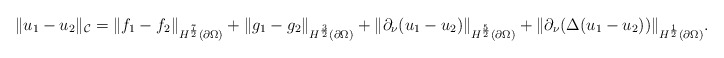
\begin{align*}\lVert u_{1}-u_{2}\rVert_{\mathcal{C}}=\lVert f_{1}-f_{2} \rVert_{H^{\frac{7}{2}}(\partial \Omega)}+\lVert g_{1}-g_{2} \rVert_{H^{\frac{3}{2}}(\partial \Omega)} +\lVert \partial_{\nu}(u_{1}-u_{2}) \rVert_{H^{\frac{5}{2}}(\partial \Omega)}+\lVert \partial_{\nu}(\Delta(u_{1}-u_{2})) \rVert_{H^{\frac{1}{2}}(\partial \Omega)}.\end{align*}